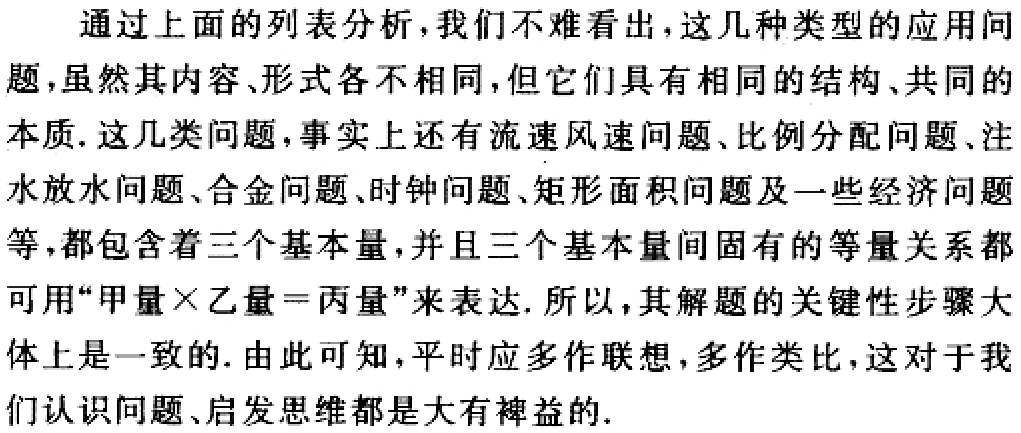
通过上面的列表分析，我们不难看出，这几种类型的应用问题，虽然其内容、形式各不相同，但它们具有相同的结构、共同的本质. 这几类问题，事实上还有流速风速问题、比例分配问题、注水放水问题、合金问题、时钟问题、矩形面积问题及一些经济问题等，都包含着三个基本量，并且三个基本量间固有的等量关系都可用“甲量$\times$乙量$=$丙量”来表达. 所以，其解题的关键性步骤大体上是一致的. 由此可知，平时应多作联想，多作类比，这对于我们认识问题、启发思维都是大有裨益的.